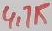
Text: 4,7K